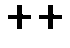
++